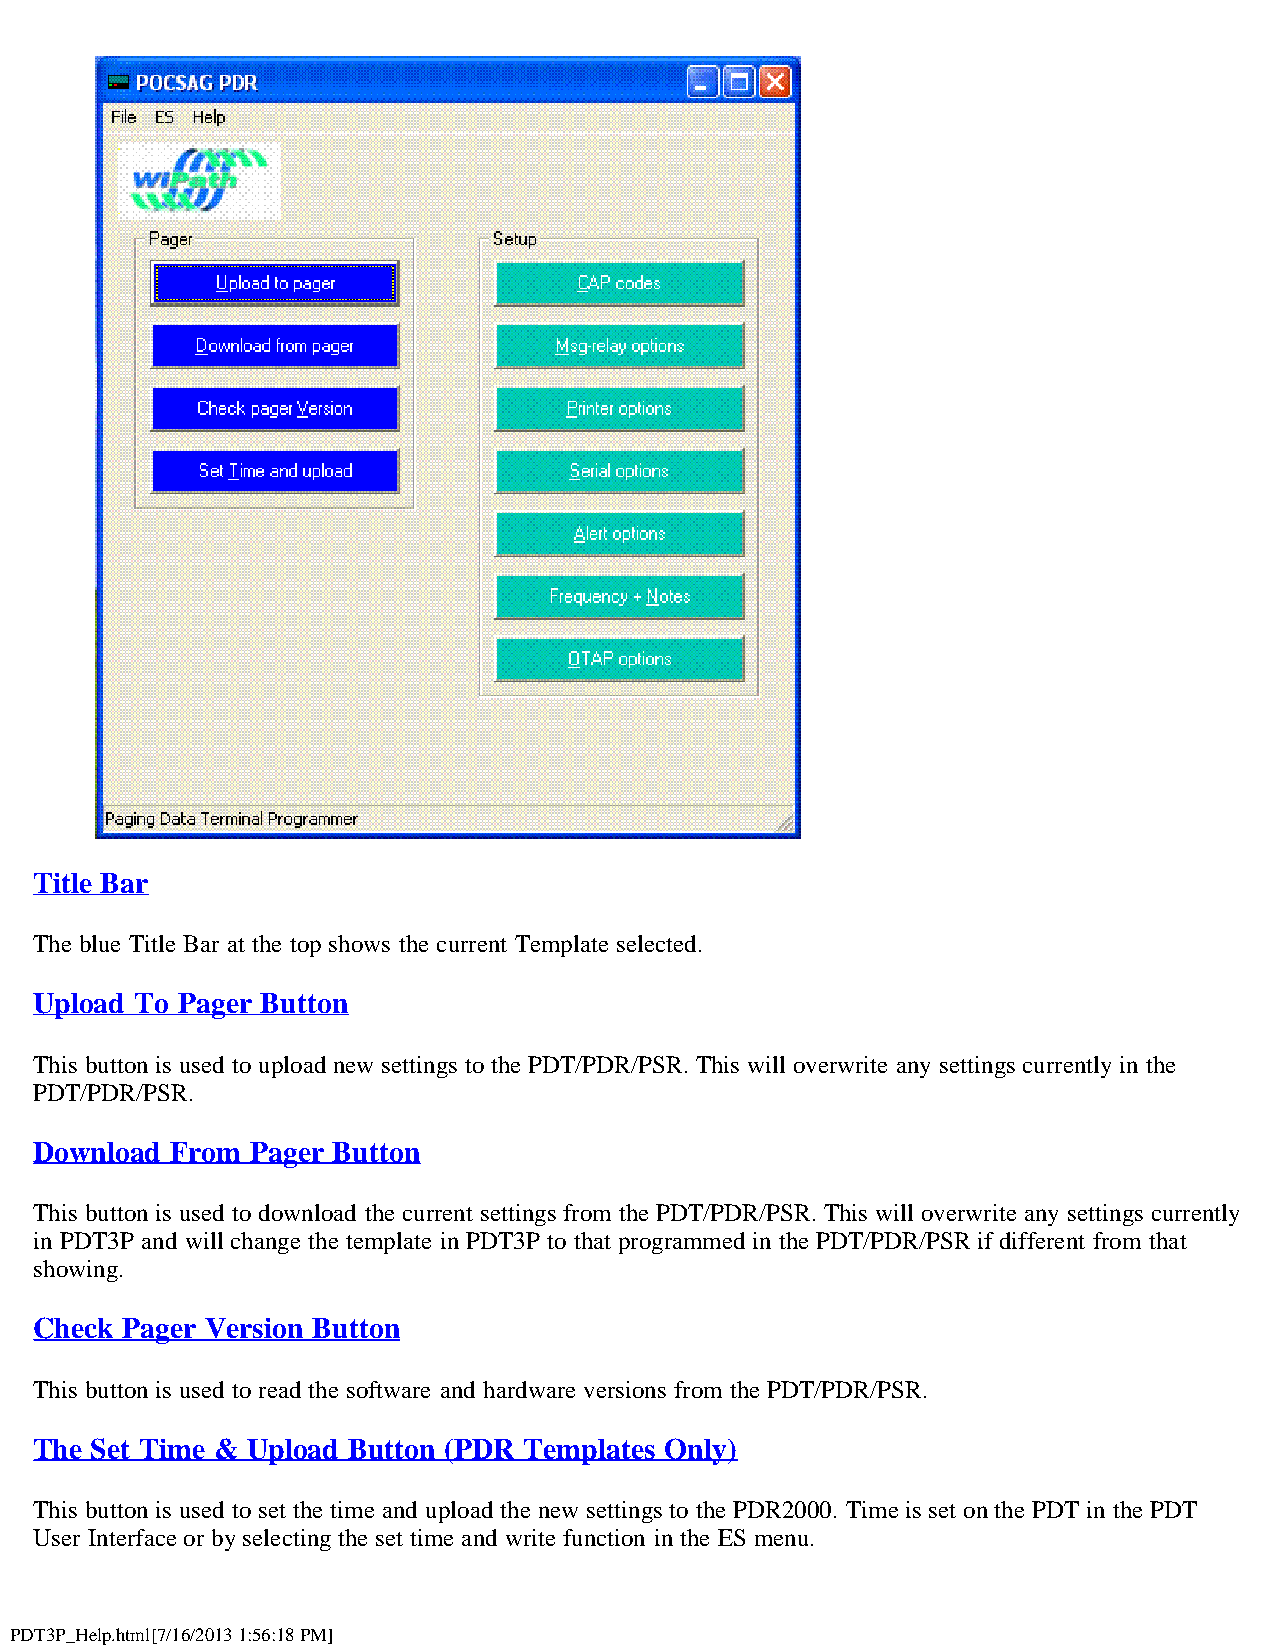
Title Bar
 The blue Title Bar at the top shows the current Template selected.
 Upload To Pager Button
 This button is used to upload new settings to the PDT/PDR/PSR. This will overwrite any settings currently in the
 PDT/PDR/PSR.
 Download From  Pager Button
 This button is used to download the current settings from the PDT/PDR/PSR. This will overwrite any settings currently
 in PDT3P and will change the template in PDT3P to that programmed in the PDT/PDR/PSR if different from that
 showing.
 Check Pager Version Button
 This button is used to read the software and hardware versions from the PDT/PDR/PSR.
 The Set Time & Upload Button (PDR Templates Only)
 This button is used to set the time and upload the new settings to the PDR2000. Time is set on the PDT in the PDT
 User Interface or by selecting the set time and write function in the ES menu.
 PDT3P_Help.html[7/16/2013 1:56:18 PM]